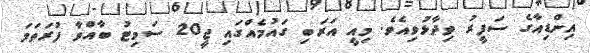
އިންޑިއާގެ ސަފީރު ވިދާޅުވިއެވެ. މިއީ އަރަބި ގައުމެއްގައި ޖީ20 ސަމިޓު ބާއްވާ ފުރަތަމަ